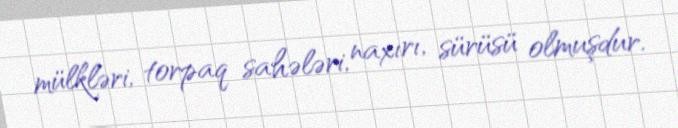
mülkləri, torpaq sahələri, naxırı, sürüsü olmuşdur.